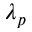
\lambda _ { p }